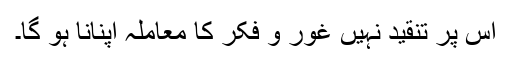
اس پر تنقید نہیں غور و فکر کا معاملہ اپنانا ہو گا۔